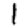
Digit: 1